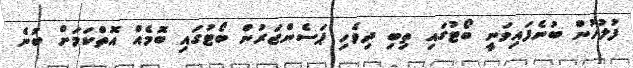
ފުލުހުން ބުނެފައިވަނީ ބޯޓުގައި ތިބި ދިވެހި ޕަސެންޖަރުން ބޯޓުގައި ބޮމެއް އޮތްކަމަށް ބުނެ